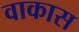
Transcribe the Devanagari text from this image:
वाकास